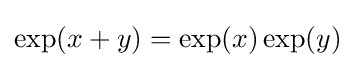
\exp(x+y)=\exp(x)\exp(y)